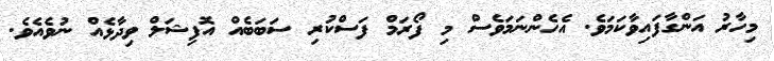
މިހާރު އަންގާފައިވާކަމަވެ. އެހެންނަމަވެސް މި ފޯރަމް ފަސްކުރި ސަބަބެއް އޮފިޝަލް ވިދާޅެއް ނުވެއެވެ.